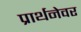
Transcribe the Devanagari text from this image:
प्रार्थनेवर